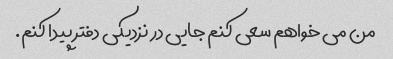
من می خواهم سعی کنم جایی در نزدیکی دفتر پیدا کنم.